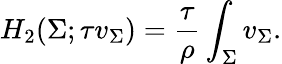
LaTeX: H_{2}(\Sigma;\tau v_{\Sigma})=\frac{\tau}{\rho}\int_{\Sigma}v_{\Sigma}.